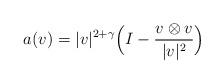
LaTeX: \begin{align*}a(v) = |v|^{2 + \gamma} \Bigl( I - \frac{v \otimes v}{|v|^2} \Bigr)\end{align*}